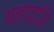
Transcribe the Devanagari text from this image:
महादजि